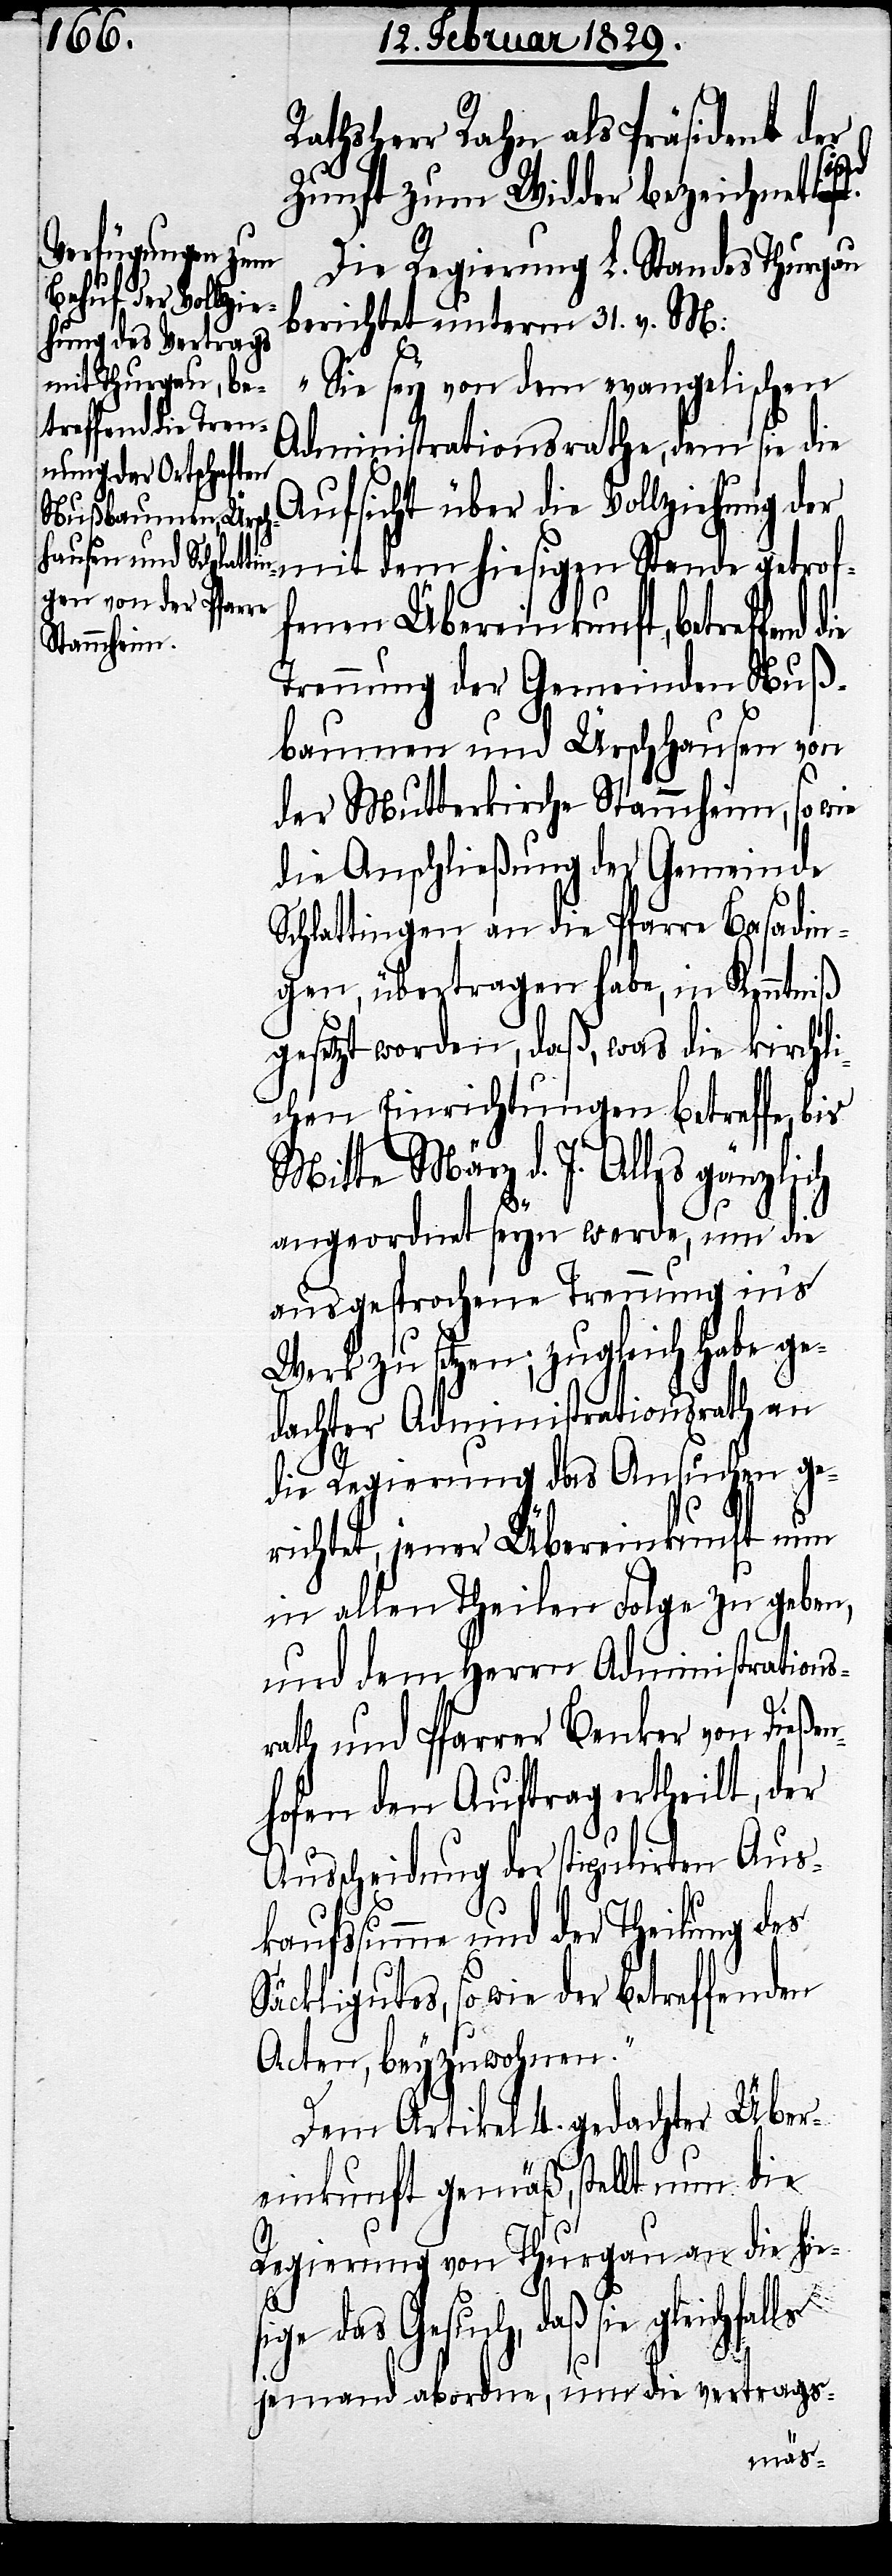
Rathsherr Rahn, als Präsident der
Zunft zum Widder bezeichnet
Die Regierung L. Standes Thurgau
berichtet unterm 31. v. M:
„Sie sey von dem evangelischen
Administrationsrathe, dem sie die
Aufsicht über die Vollziehung der
fenen Übereinkunft, betreffend
Trennung der Gemeinden Nuß¬
baumen und Ürschhausen von
der Mutterkirche Stammheim, sowie
die Anschließung der Gemeinde
Schlattingen an die Pfarre Basadin¬
gen, übertragen habe, in Kenntniß
gesetzt worden, daß, was die kirchli¬
chen Einrichtungen betreffe, bis
Mitte März d. J. Alles gänzlich
angeordnet seyn werde, um die
ausgesprochene Trennung in’s
Werk zu setzen; zugleich habe ge¬
dachter Administrationsrath an
die Regierung das Ansuchen ge¬
richtet, jener Übereinkunft nun
in allen Theilen Folge zu geben,
und dem Herrn Administrations¬
rath und Pfarrer Benker von Dießen¬
hofen den Auftrag ertheilt, der
Ausscheidung der stipulirten Aus¬
kaufssumme und der Theilung des
Säckligutes, so wie der betreffenden
Acten, beyzuwohnen.“
Dem Artikel 4. gedachter Über¬
einkunft gemäß, stellt nun die
Regierung von Thurgau an die hie¬
si¬
ge das Gesuch, daß sie
jemand abordne, um die vertrags-